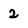
Character: 2